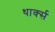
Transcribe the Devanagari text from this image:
थार्क्स